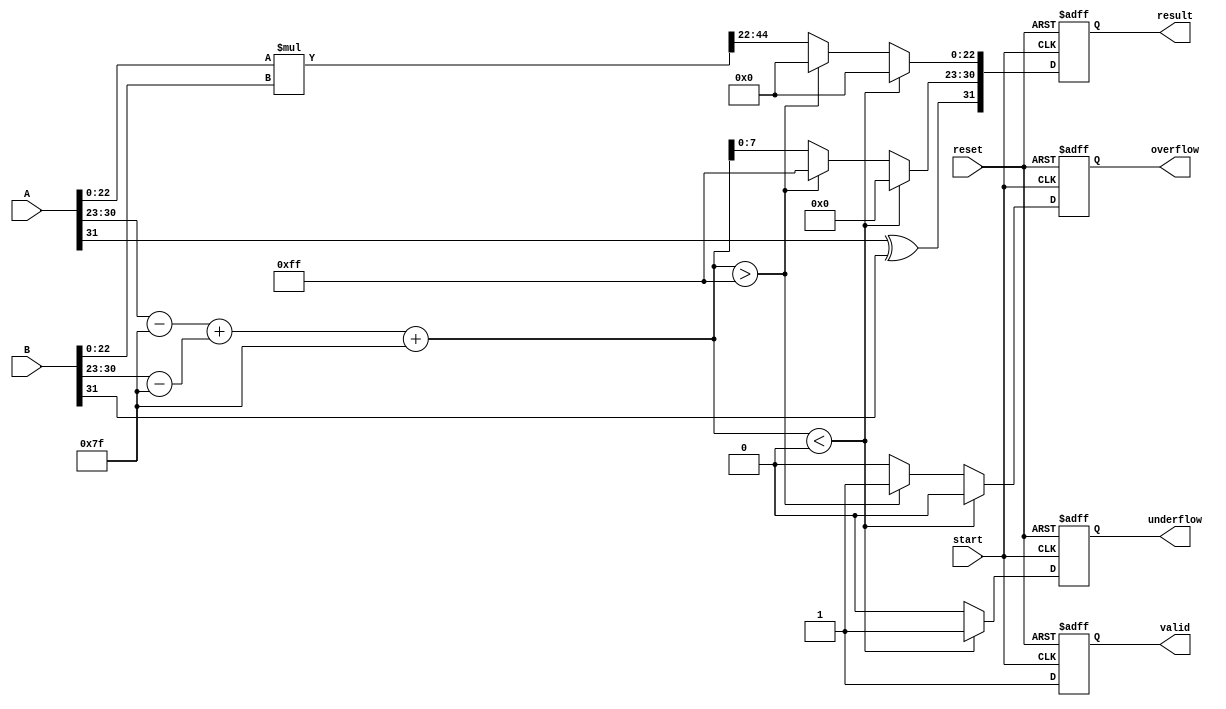
module floating_point_multiplier (
    input wire [31:0] A,              // First operand (32 bits for single precision)
    input wire [31:0] B,              // Second operand (32 bits for single precision)
    input wire start,                  // Start signal
    input wire reset,                  // Reset signal
    output reg [31:0] result,          // Output result (32 bits for single precision)
    output reg valid,                  // Output valid signal
    output reg overflow,               // Overflow flag
    output reg underflow               // Underflow flag
);

    // Internal signals
    wire signA, signB, signResult;
    wire [7:0] expA, expB, expResult;
    wire [22:0] mantA, mantB;
    wire [47:0] mantResult;            // Intermediate product
    wire [8:0] expSum;                 // Sum of exponents
    reg [23:0] mantFinal;              // Final mantissa after normalization

    // Decomposing the floating-point numbers
    assign signA = A[31];
    assign expA = A[30:23] - 8'd127; // Subtract bias
    assign mantA = {1'b1, A[22:0]};  // Implicit leading 1 for normalized numbers

    assign signB = B[31];
    assign expB = B[30:23] - 8'd127; // Subtract bias
    assign mantB = {1'b1, B[22:0]};  // Implicit leading 1 for normalized numbers

    // Control logic
    always @(posedge start or posedge reset) begin
        if (reset) begin
            result <= 0;
            valid <= 0;
            overflow <= 0;
            underflow <= 0;
        end else begin
            // Default values
            valid <= 0;
            overflow <= 0;
            underflow <= 0;

            // Calculate exponent and mantissa
            expSum = expA + expB + 8'd127; // Add exponents and reapply bias
            mantResult = mantA * mantB;    // Mantissa multiplication

            // Check for overflow
            if (mantResult[47]) begin
                mantFinal = mantResult[46:23]; // Shift right if overflow
                expSum = expSum + 1;
            end else begin
                mantFinal = mantResult[45:22]; // Normal case
            end

            // Set the sign of the result
            signResult = signA ^ signB;

            // Check for underflow
            if (expSum < 0) begin
                underflow <= 1;
                expResult = 0; // Underflow to zero
                mantFinal = 0;
            end else if (expSum > 255) begin
                overflow <= 1; // Overflow occurred
                expResult = 255; // Set to max exponent
                mantFinal = 0;
            end else begin
                expResult = expSum[7:0]; // Use the calculated exponent
            end

            // Assemble the result
            result <= {signResult, expResult, mantFinal[22:0]}; // Final result
            valid <= 1; // Indicate valid output
        end
    end
endmodule